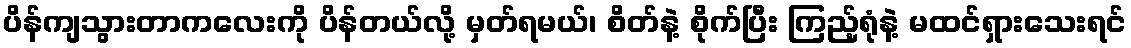
ပိန်ကျသွားတာကလေးကို ပိန်တယ်လို့ မှတ်ရမယ်၊ စိတ်နဲ့ စိုက်ပြီး ကြည့်ရုံနဲ့ မထင်ရှားသေးရင်